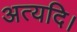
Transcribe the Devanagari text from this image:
अत्यदि।